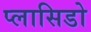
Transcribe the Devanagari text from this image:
प्लासिडो